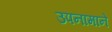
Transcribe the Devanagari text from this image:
उपनामाने